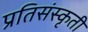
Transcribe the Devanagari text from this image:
प्रतिसंस्कृती